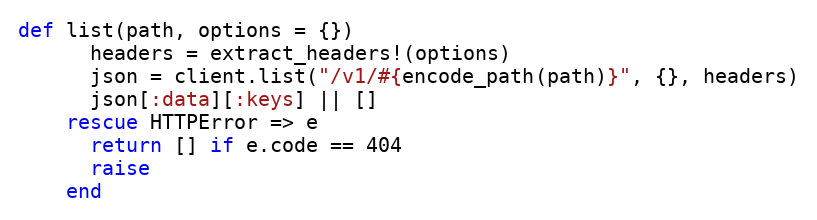
Language: Ruby
def list(path, options = {})
      headers = extract_headers!(options)
      json = client.list("/v1/#{encode_path(path)}", {}, headers)
      json[:data][:keys] || []
    rescue HTTPError => e
      return [] if e.code == 404
      raise
    end